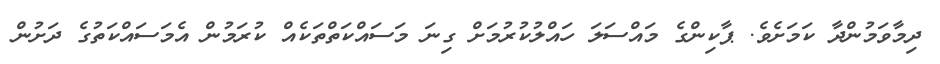
ދިމާވަމުންދާ ކަމަށެވެ. ޕާކިންގެ މައްސަލަ ހައްލުކުރުމަށް ގިނަ މަސައްކަތްތަކެއް ކުރަމުން އެމަސައްކަތުގެ ދަށުން